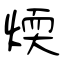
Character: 煗